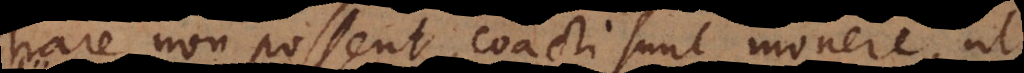
trare non possent, coacti sunt monere, ut